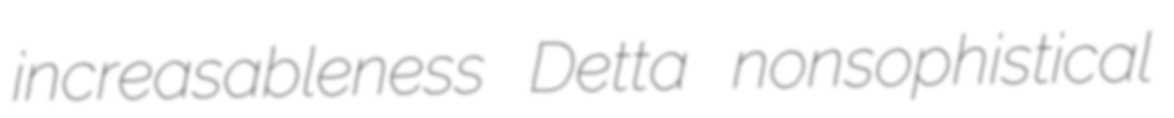
increasableness Detta nonsophistical